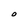
Character: O